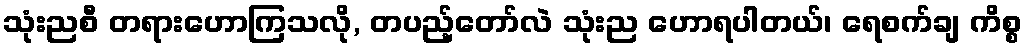
သုံးညစီ တရားဟောကြသလို, တပည့်တော်လဲ သုံးည ဟောရပါတယ်၊ ရေစက်ချ ကိစ္စ